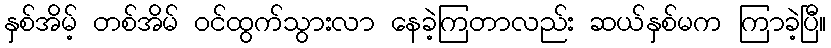
နှစ်အိမ့် တစ်အိမ် ဝင်ထွက်သွားလာ နေခဲ့ကြတာလည်း ဆယ်နှစ်မက ကြာခဲ့ပြီ။